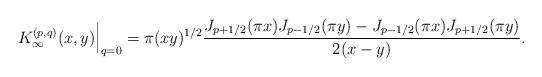
LaTeX: \begin{align*} {K}_\infty^{(p,q)}(x, y) \Big |_{q=0} = \pi(xy)^{1/2} { J_{p+1/2}(\pi x)J_{p-1/2}(\pi y)-J_{p-1/2}(\pi x)J_{p+1/2}(\pi y) \over 2(x-y) }.\end{align*}